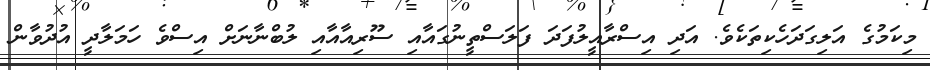
މިކަމުގެ އަލިގަދަހެކިތަކެވެ. އަދި އިސްރާއީލުފަދަ ފަލަސްތީނުގައާއި ސޫރިއާއާއި ލުބްނާނަށް އިސްވެ ހަމަލާދީ އުދުވާން